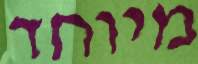
מיוחד